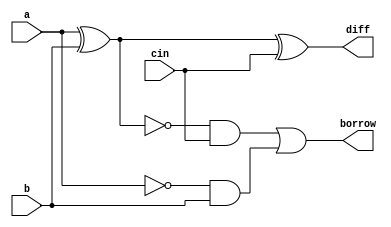
module full_subtractor_2(input a, input b, input cin, output diff, output borrow);
	wire t1,t2,t3;
	xor(t1,a,b);
	xor(diff,t1,cin);
	and(t2,~t1,cin);
	and(t3,~a,b);
	or(borrow,t2,t3);
endmodule